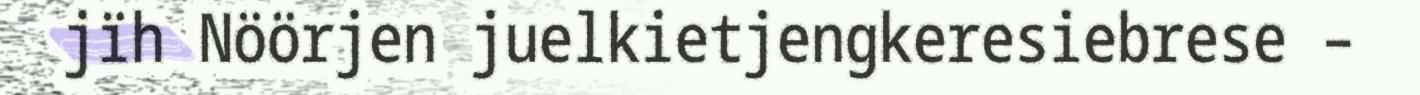
jïh Nöörjen juelkietjengkeresiebrese –